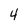
Character: 4